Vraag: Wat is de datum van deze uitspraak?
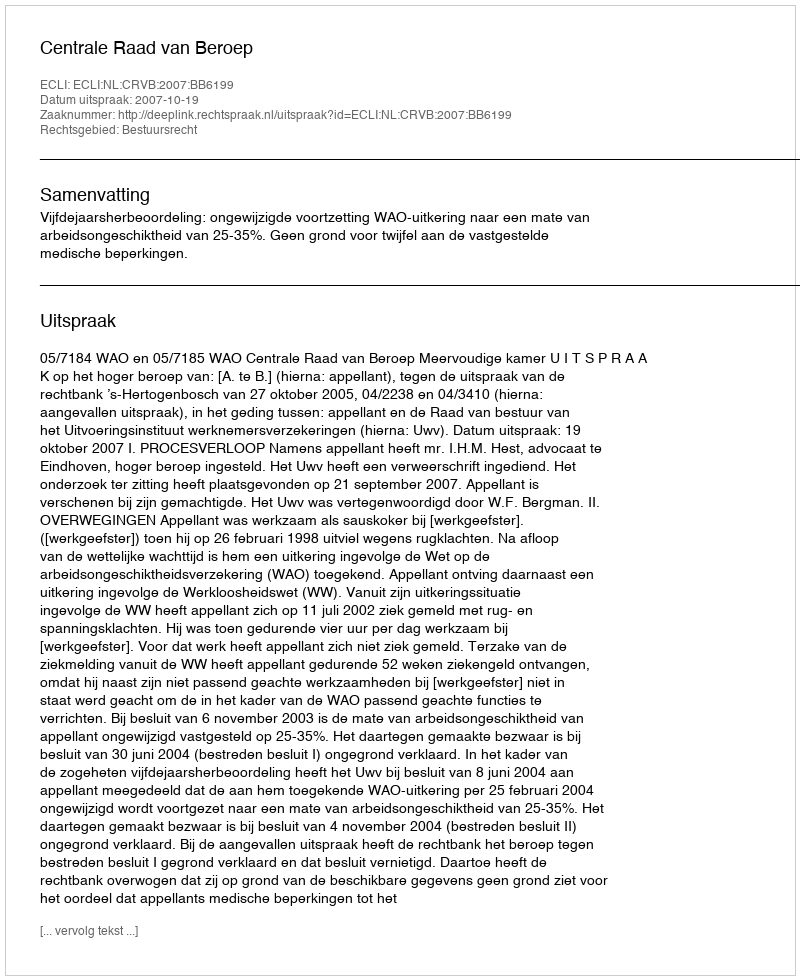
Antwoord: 2007-10-19